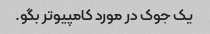
یک جوک در مورد کامپیوتر بگو.